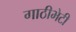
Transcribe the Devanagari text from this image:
गाठीभेटी